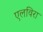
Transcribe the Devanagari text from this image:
एलविरा